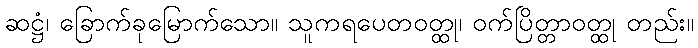
ဆဋ္ဌံ၊ ခြောက်ခုမြောက်သော။ သူကရပေတဝတ္ထု၊ ဝက်ပြိတ္တာဝတ္ထု တည်း။